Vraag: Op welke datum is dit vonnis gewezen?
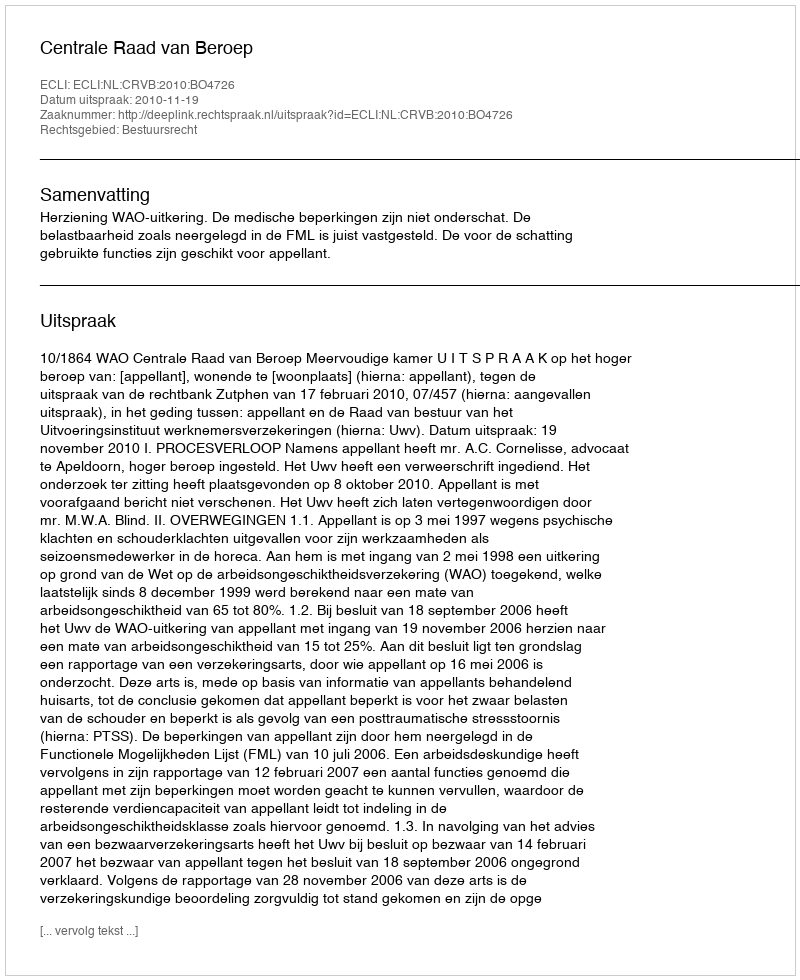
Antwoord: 2010-11-19